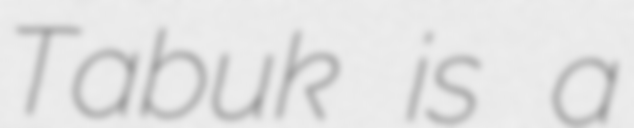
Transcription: Tabuk is a